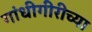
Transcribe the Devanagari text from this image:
गांधीगीरीच्या